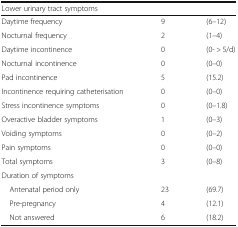
<table><thead><tr><td colspan="3"><b>Lower urinary tract symptoms</b></td></tr></thead><tbody><tr><td>Daytime frequency</td><td>9</td><td>(6–12)</td></tr><tr><td>Nocturnal frequency</td><td>2</td><td>(1–4)</td></tr><tr><td>Daytime incontinence</td><td>0</td><td>(0- &gt; 5/d)</td></tr><tr><td>Nocturnal incontinence</td><td>0</td><td>(0–0)</td></tr><tr><td>Pad incontinence</td><td>5</td><td>(15.2)</td></tr><tr><td>Incontinence requiring catheterisation</td><td>0</td><td>(0–0)</td></tr><tr><td>Stress incontinence symptoms</td><td>0</td><td>(0–1.8)</td></tr><tr><td>Overactive bladder symptoms</td><td>1</td><td>(0–3)</td></tr><tr><td>Voiding symptoms</td><td>0</td><td>(0–2)</td></tr><tr><td>Pain symptoms</td><td>0</td><td>(0–0)</td></tr><tr><td>Total symptoms</td><td>3</td><td>(0–8)</td></tr><tr><td>Duration of symptoms</td><td></td><td></td></tr><tr><td> Antenatal period only</td><td>23</td><td>(69.7)</td></tr><tr><td> Pre-pregnancy</td><td>4</td><td>(12.1)</td></tr><tr><td> Not answered</td><td>6</td><td>(18.2)</td></tr></tbody></table>